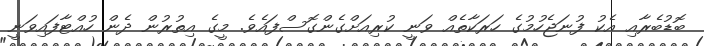
ބޮޑުބެރާއި އެކު ފުނަޖެހުމުގެ ހަރަކާތެއް ވަނީ ކުރިއަށްގެންގޮސްފައެވެ. މީގެ އިތުރުން ދެން ހުއްޓާފައިވަނީ